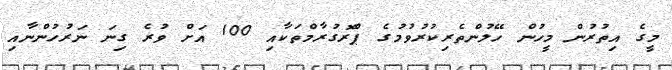
މީގެ އިތުރުން މީހުން ހޭލުންތެރިކުރުވުމުގެ ޕްރޮގުރާމްތަކާއި 100 އަށް ވުރެ ގިނަ ނަރުހުންނާއި